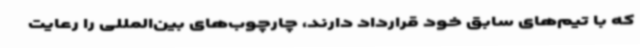
که با تیم‌های سابق خود قرارداد دارند، چارچوب‌های بین‌المللی را رعایت